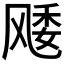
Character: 𱃜